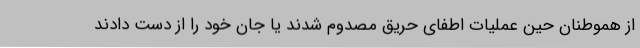
از هموطنان حین عملیات اطفای حریق مصدوم شدند یا جان خود را از دست دادند